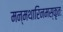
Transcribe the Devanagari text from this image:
मन्मथारिनमस्कृतः